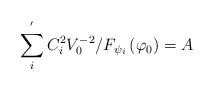
LaTeX: \begin{align*}\sum_i^{^{\prime }}C_i^2V_0^{-2}/F_{\psi _i}\left( \varphi _0\right) =A\end{align*}